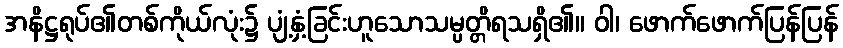
အနိဋ္ဌရုပ်၏တစ်ကိုယ်လုံး၌ ပျံ့နှံ့ခြင်းဟူသောသမ္ပတ္တိရသရှိ၏။ ဝါ၊ ဖောက်ဖောက်ပြန်ပြန်